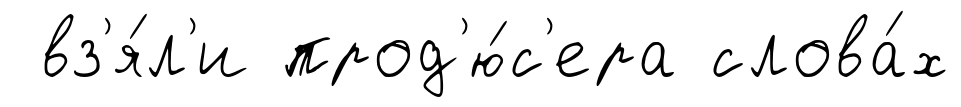
вз'я́л'и прод'ю́с'ера слова́х